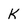
Character: K